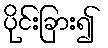
ပိုင်းခြား၍